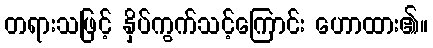
တရားသဖြင့် နှိပ်ကွက်သင့်ကြောင်း ဟောထား၏။